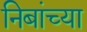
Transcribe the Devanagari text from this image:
निबांच्या